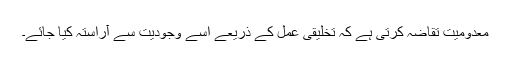
معدومیت تقاضہ کرتی ہے کہ تخلیقی عمل کے ذریعے اسے وجودیت سے آراستہ کیا جائے۔